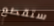
ستقطع